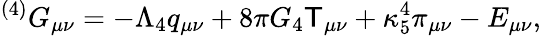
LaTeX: {}^{(4)}G_{\mu\nu}=-\Lambda_{4}q_{\mu\nu}+8\pi G_{4}{\sf T}_{\mu\nu}+\kappa_{5}^{4}\pi_{\mu\nu}-E_{\mu\nu},